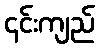
၎င်းကျည်